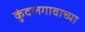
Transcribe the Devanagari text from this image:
कुंदलगावाच्या